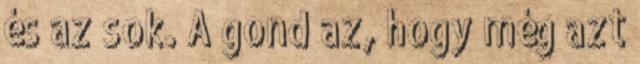
és az sok. A gond az, hogy még azt